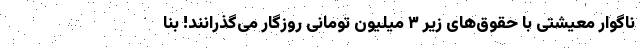
ناگوار معیشتی با حقوق‌های زیر ۳ میلیون تومانی روزگار می‌گذرانند! بنا